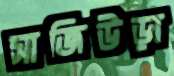
সাজিউড়া